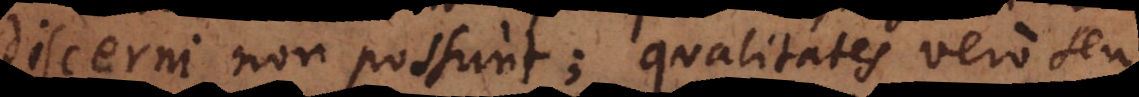
discerni non possunt; qualitates vero seu